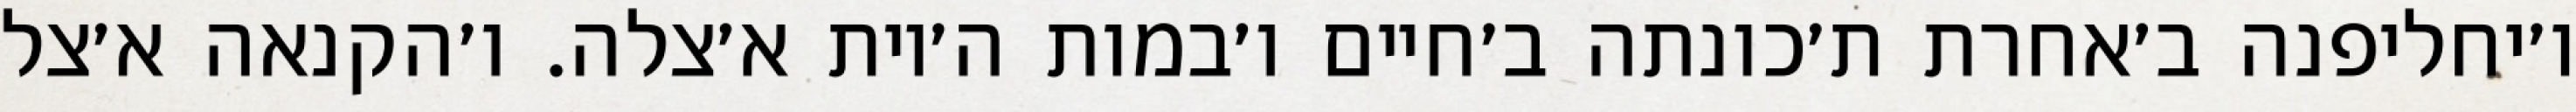
ו׳יחליפנה ב׳אחרת ת׳כונתה ב׳חיים ו׳במות ה׳יות א׳צלה. ו׳הקנאה א׳צל